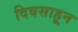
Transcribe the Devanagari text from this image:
दिवसाहून